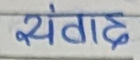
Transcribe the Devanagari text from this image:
संवाद